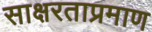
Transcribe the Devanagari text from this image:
साक्षरताप्रमाण